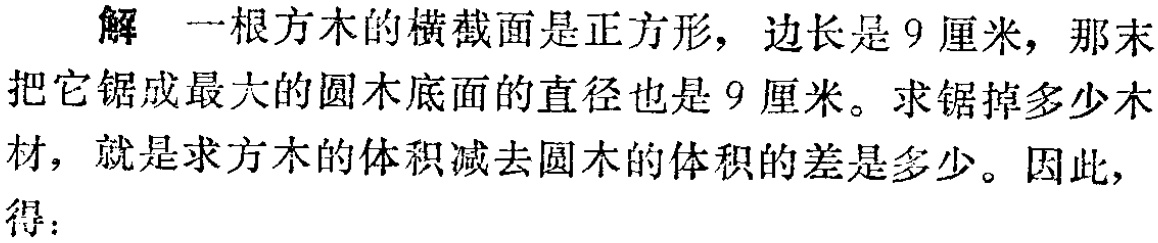
解 一根方木的横截面是正方形，边长是9厘米，那末把它锯成最大的圆木底面的直径也是9厘米。求锯掉多少木材，就是求方木的体积减去圆木的体积的差是多少。因此，得：